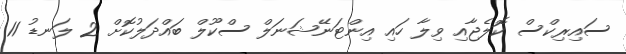
ސައިރިކްސް ކޮލެޖާއި ވިލާ ހައި އިންޓަނޭޝަނަލް ސްކޫލް ބައްދަލުކޮށް 2 ލަނޑު 11